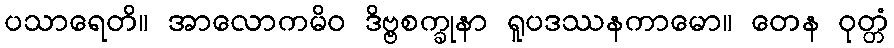
ပသာရေတိ။ အာလောကမိဝ ဒိဗ္ဗစက္ခုနာ ရူပဒဿနကာမော။ တေန ဝုတ္တံ